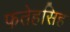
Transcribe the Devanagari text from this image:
फतेहसिह